Leaving Certificate Examination, 1924
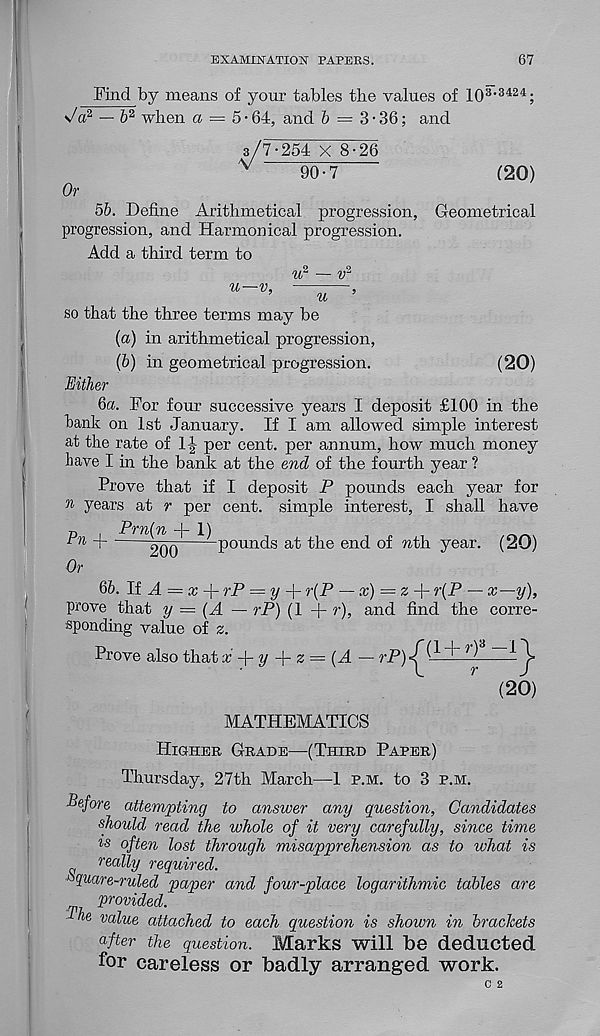
EXAMINATION PAPERS.
67
Find by means of your tables the values of 10 3,3424 ;
\/a 2 — b 2 when a = 5 • 64, and b = 3 • 36; and
y
3/7-264 x 8-26
90-7
120)
Or
56. Define Arithmetical progression, Geometrical
progression, and Harmonical progression.
Add a third term to
u—v,
w — v
u
(20)
so that the three terms may be
{a) in arithmetical progression,
(6) in geometrical progression.
Either
ба. For four successive years I deposit £100 in the
hank on 1st January. If I am allowed simple interest
at the rate of IJ per cent, per annum, how much money
have I in the bank at the end of the fourth year ?
Prove that if I deposit P pounds each year for
n years at r per cent, simple interest, I shall have
Pm(n -1
P n H
200
pounds at the end of nth. year. (20)
Or
бб. HA = x-\-rP — y-\- r(P — x) = z -\- r(P — x—y),
prove that y = [A — rP) (1 + r), and find the corre-
sponding value of z.
Prove also that F + t/ + z = (A — rP)^^—tlT
(20)
MATHEMATICS
Higher Grade—(Third Parer)
Thursday, 27th March—1 p.m. to 3 p.m.
Before attempting to answer any question, Candidates
should read the whole of it very carefully, since time
I'S often lost through misapprehension as to what is
really required.
quare-ruled paver and four-place logarithmic tables are
provided.
116 value attached to each question is shown in brackets
after the question. Marks will be deducted
for careless or badly arranged work.
0 2